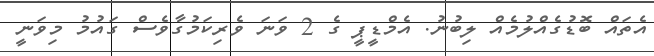
އެތައް ބޮޑުގެއްލުމެއް ލިބުނު. އެމްޑީޕީ ގެ 2 ވަނަ ވެރިކަމުގާވެސް ގައުމު މިވަނީ